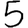
Digit: 5